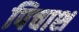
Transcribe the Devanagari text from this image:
पिचाश